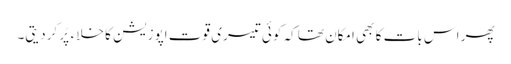
پھر اس بات کا بھی امکان تھا کہ کوئی تیسری قوت اپوزیشن کا خلاءپُر کردیتی۔